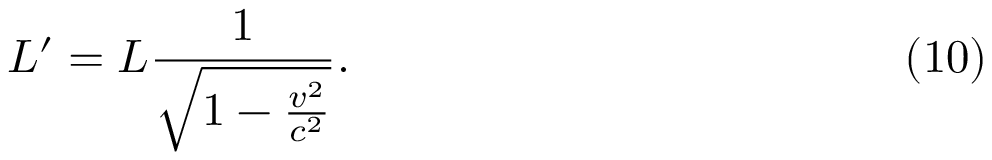
L ^ { \prime } = L \frac { 1 } { \sqrt { 1 - \frac { v ^ { 2 } } { c ^ { 2 } } } } . \eqno ( 1 0 )